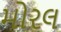
મોરલ